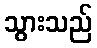
သွားသည်